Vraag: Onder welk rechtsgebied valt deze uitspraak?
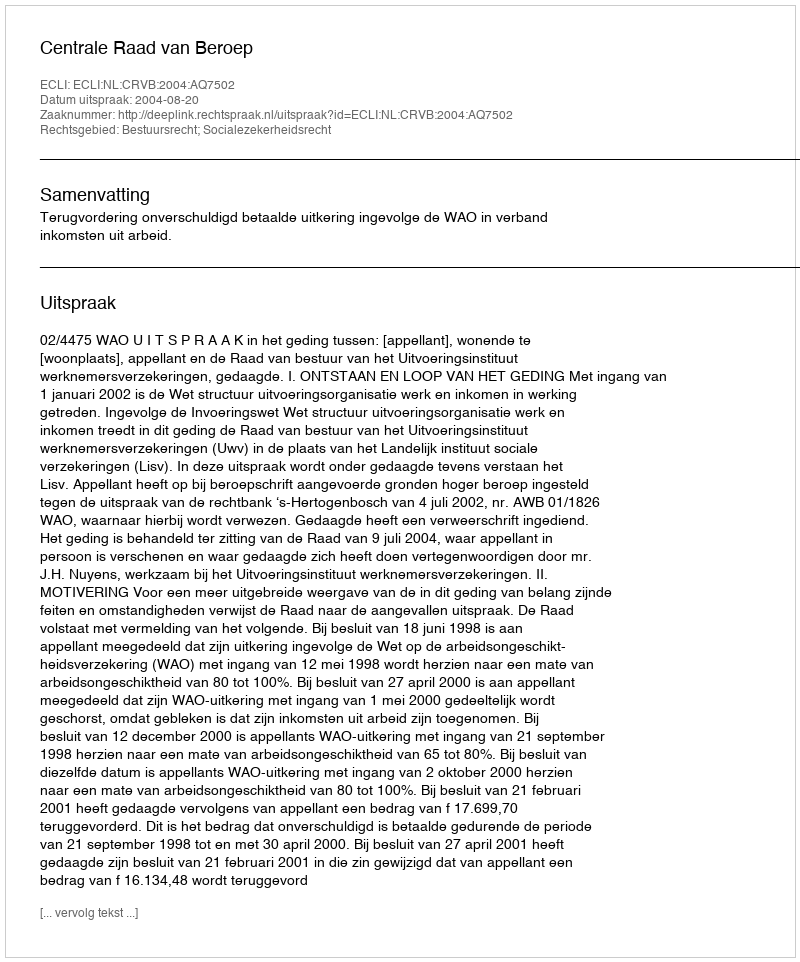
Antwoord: Bestuursrecht; Socialezekerheidsrecht